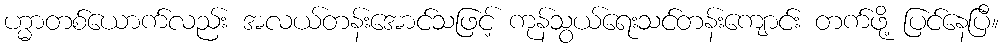
ဟ္မာတစ်ယောက်လည်း အလယ်တန်းအောင်သဖြင့် ကုန်သွယ်ရေးသင်တန်းကျောင်း တက်ဖို့ ပြင်နေပြီ။